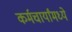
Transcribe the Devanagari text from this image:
कर्मचार्यांमध्ये